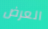
العرض